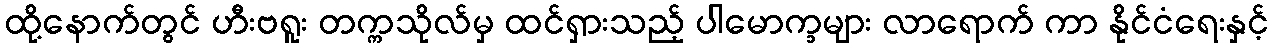
ထို့နောက်တွင် ဟီးဗရူး တက္ကသိုလ်မှ ထင်ရှားသည့် ပါမောက္ခများ လာရောက် ကာ နိုင်ငံရေးနှင့်